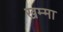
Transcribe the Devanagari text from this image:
खम्मा